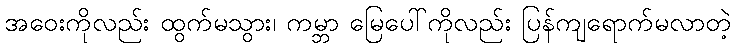
အဝေးကိုလည်း ထွက်မသွား၊ ကမ္ဘာ မြေပေါ်ကိုလည်း ပြန်ကျရောက်မလာတဲ့